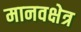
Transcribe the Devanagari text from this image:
मानवक्षेत्र